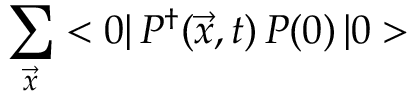
\sum _ { \vec { x } } < 0 | \, { \cal P } ^ { \dagger } ( \vec { x } , t ) \, { \cal P } ( 0 ) \, | 0 >